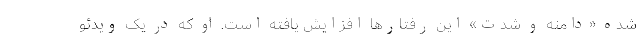
شده «دامنه و شدت» این رفتارها افزایش یافته است. او که در یک ویدئو